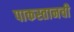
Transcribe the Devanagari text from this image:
पाकस्तानची